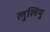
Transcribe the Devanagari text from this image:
लुलियु